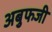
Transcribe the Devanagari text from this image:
अबुफजी